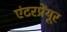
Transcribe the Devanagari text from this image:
एंटरप्रेंयूर